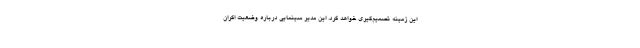
این زمینه تصمیم‌گیری خواهد کرد. این مدیر سینمایی درباره وضعیت اکران